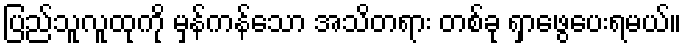
ပြည်သူလူထုကို မှန်ကန်သော အသိတရား တစ်ခု ရှာဖွေပေးရမယ်။